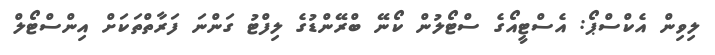
ލިވިން އެކްސްޕޯ: އެސްޓީއޯގެ ސްޓޯލުން ކޯނޭ ބްރޭންޑުގެ ލިފްޓު ގަންނަ ފަރާތްތަކަށް އިންސްޓޯލް